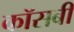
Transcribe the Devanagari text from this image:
कॉसबी